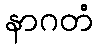
နာဂတံ